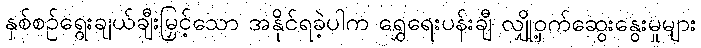
နှစ်စဉ်ရွေးချယ်ချီးမြှင့်သော အနိုင်ရခဲ့ပါက ရွှေရေးပန်းချီ လျှို့ဝှက်ဆွေးနွေးမှုများ